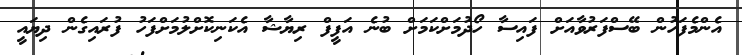
އެންމެފަހުން ބޭސްފަރުވާއަށް ފައިސާ ހޯދުމަށްކަމަށް ބުނެ އަފީފް ރިޔާޝާ އެކަނިކޮށްލުމަށްފަހު ފުރައިގެން ދިޔައީ